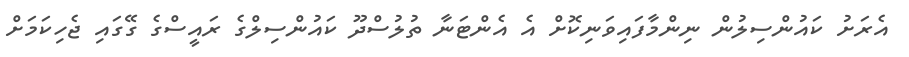
އެރަށު ކައުންސިލުން ނިންމާފައިވަނިކޮށް އެ އެންޓަނާ ތުލުސްދޫ ކައުންސިލްގެ ރައީސްގެ ގޭގައި ޖެހިކަމަށް